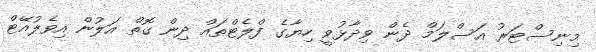
މިނިސްޓަރު އަސްލަމް ދެން ވިދާޅުވީ ހިޔާގެ ފްލެޓްތައް ދިން ގޮތް އަލުން އިވެލުއޭޓް